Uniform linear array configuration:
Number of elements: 16
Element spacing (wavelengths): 0.25
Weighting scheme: binomial
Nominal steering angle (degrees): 15
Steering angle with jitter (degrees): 13.82
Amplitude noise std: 0.05
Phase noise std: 0.05

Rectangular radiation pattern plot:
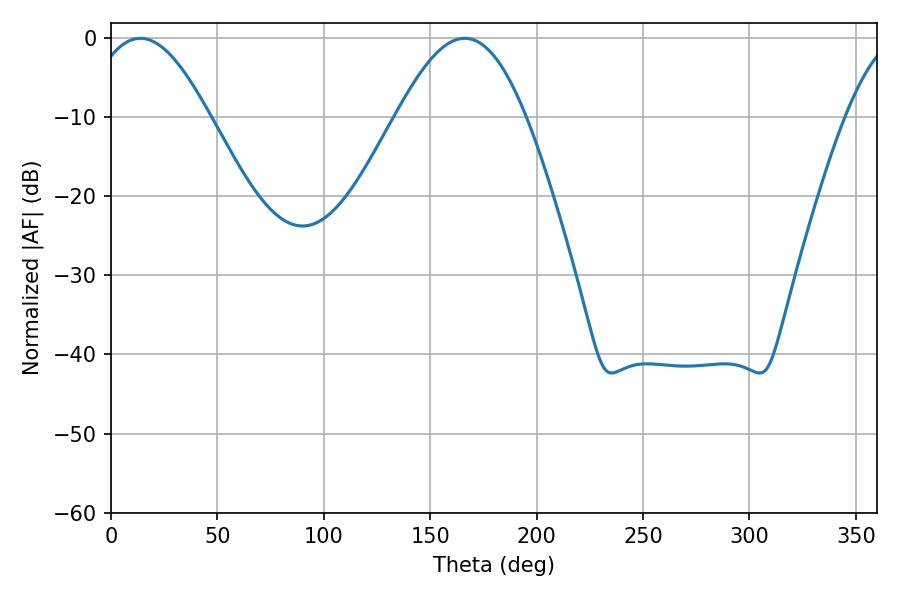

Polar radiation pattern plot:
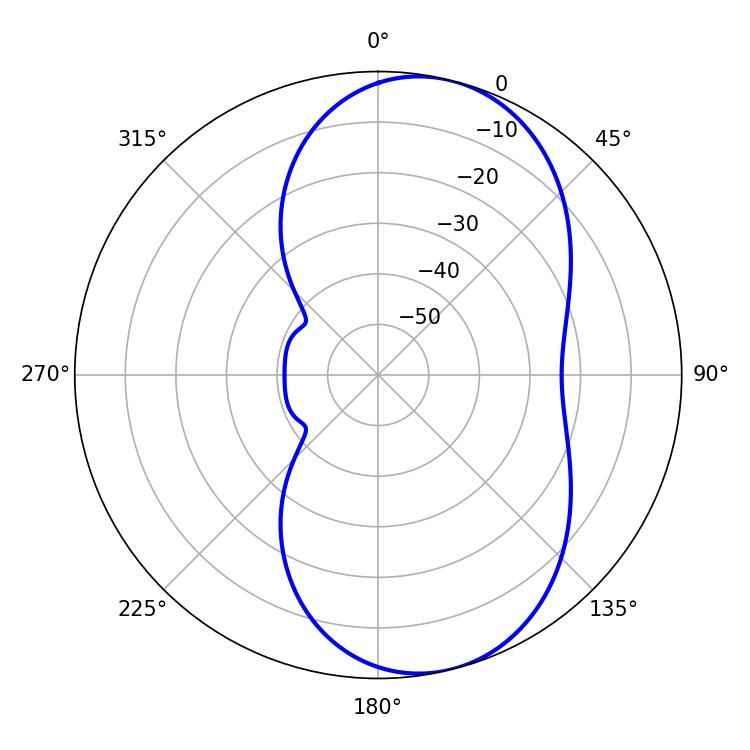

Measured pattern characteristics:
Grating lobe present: FALSE
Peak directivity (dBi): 7.92
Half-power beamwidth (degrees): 30.78
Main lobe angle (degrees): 13.86